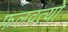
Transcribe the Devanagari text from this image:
फलवत्यो